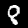
Label: 8